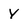
Character: Y